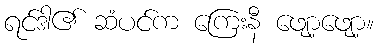
ရင်ဒါ၏ ဆံပင်က ကြေးနီ ဖျော့ဖျော့။